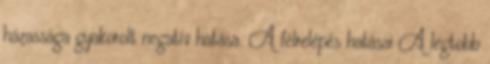
házassága gyakorolt negatív hatása. A félrelépés hatásai A legtöbb